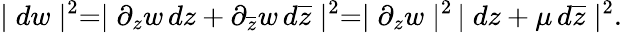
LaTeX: \mid dw\mid^{2}=\mid\partial_{z}w\, dz+\partial_{\overline{{{z}}}}w\, d\overline{{{z}}}\mid^{2}=\mid\partial_{z}w\mid^{2}\, \mid dz+\mu\, d\overline{{{z}}}\mid^{2}.